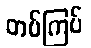
တပ်ကြပ်